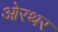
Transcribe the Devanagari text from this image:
ओरथर